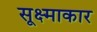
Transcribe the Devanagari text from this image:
सूक्ष्माकार